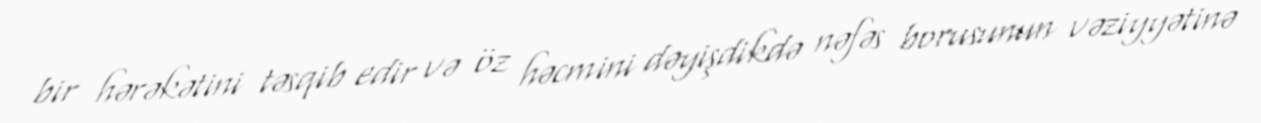
bir hərəkətini təsqib edir və öz həcmini dəyişdikdə nəfəs borusunun vəziyyətinə